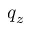
q _ { z }